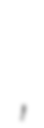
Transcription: Кобрин,